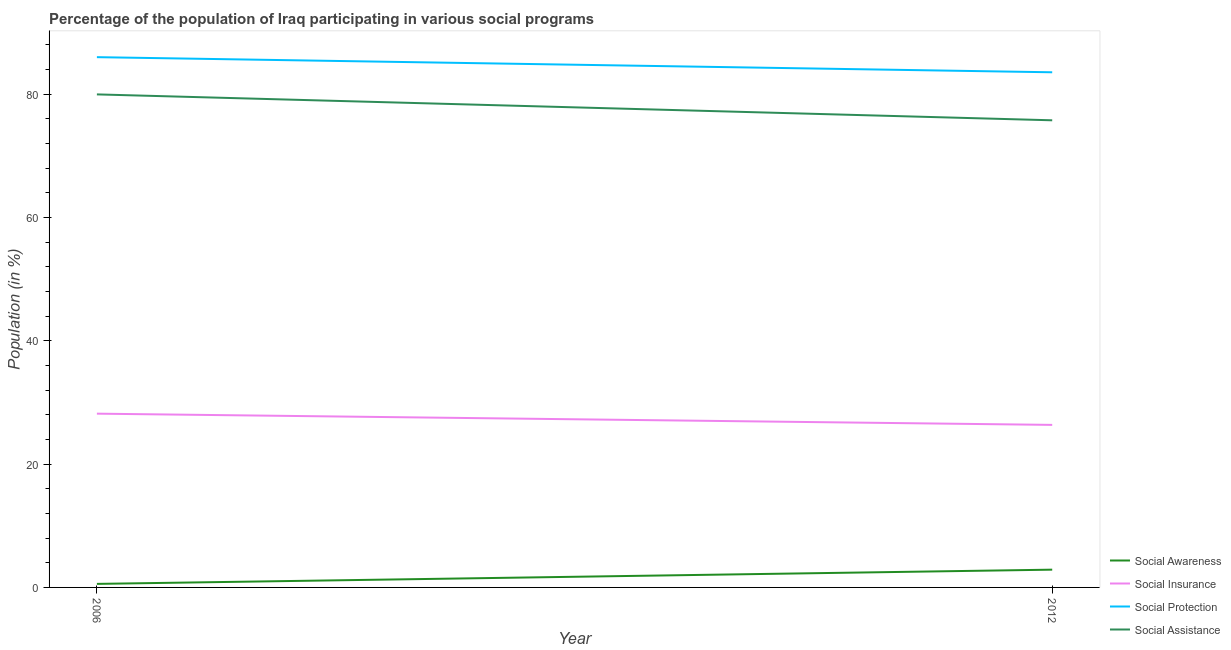
| Year | Social Awareness | Social Insurance | Social Protection | Social Assistance |
 | --- | --- | --- | --- | --- |
 | 2006 | 0.572 | 28.2 | 86 | 80 |
 | 2012 | 2.88 | 26.4 | 83.6 | 75.8 |